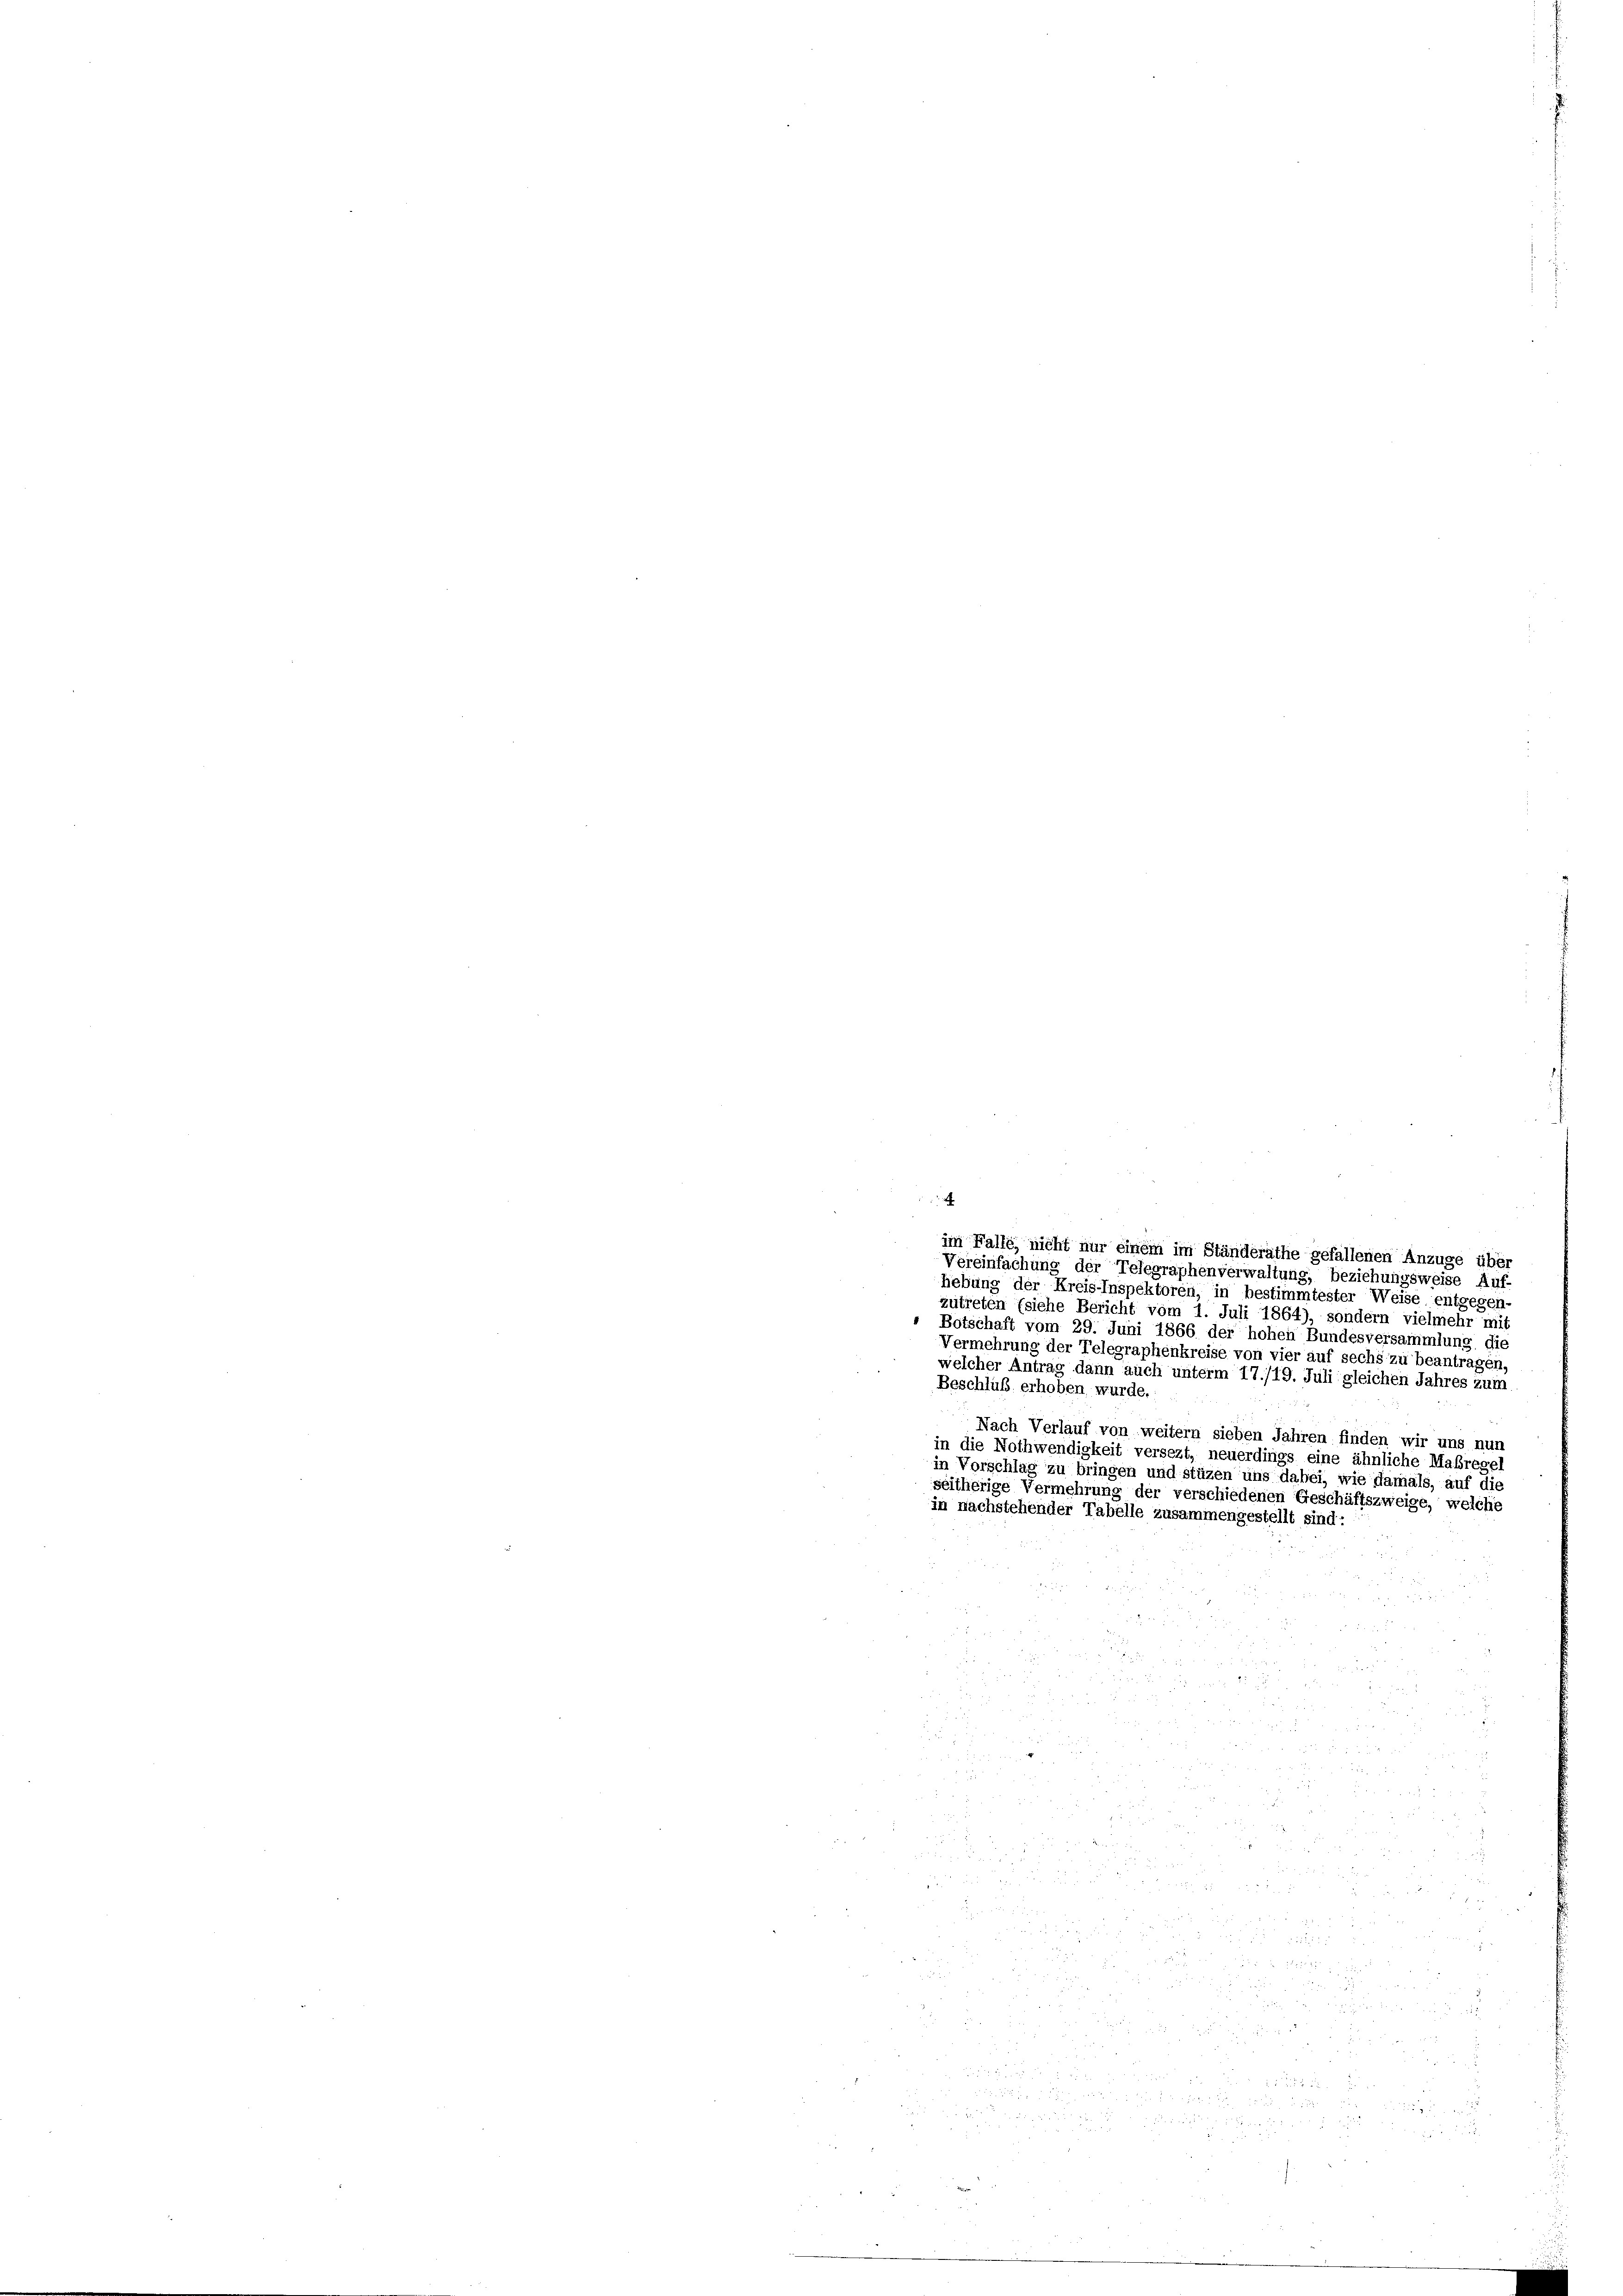
4

im Falle, nicht nur einem im Ständeräthe gefallenen Anzüge über
Vereinfachung der Telegraphenverwaltung, beziehungsweise Auf-
lebung der Kreis-Inspektoren, in bestimmtester Weise entgegen-
zutreten (siehe Bericht vom 1. Juli 1864), sondern vielmehr mit
" Botschaft vom 29. Juni 1866 der hohen Bundesversammlung die
Vermehrung der Telegraphenkreise von vier auf sechs zu beantragen,
welcher Antrag dann auch unterm 17./19. Juli gleichen Jahres zum
Beschluß erhoben, wurde.
Nach Verlauf von weitern sieben Jahren finden wir uns nun
in die Nothwendigkeit versezt, neuerdings eine ähnliche Maßregel
in Vorschlag zu bringen und stüzen uns dabei, wie damals, auf die
seitherige Vermehrung der verschiedenen Geschäftszweige, welche
in nachstehender Tabelle zusammengestellt sind: